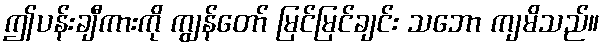
ဤပန်းချီကားကို ကျွန်တော် မြင်မြင်ချင်း သဘော ကျမိသည်။